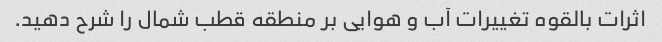
اثرات بالقوه تغییرات آب و هوایی بر منطقه قطب شمال را شرح دهید.